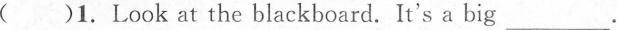
( )1.Look at the blackboard. It's a big ___.